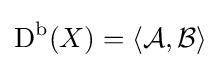
{\text{D}}^{\text{b}}(X)=\langle {\mathcal {A}},{\mathcal {B}}\rangle